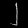
Digit: ၂